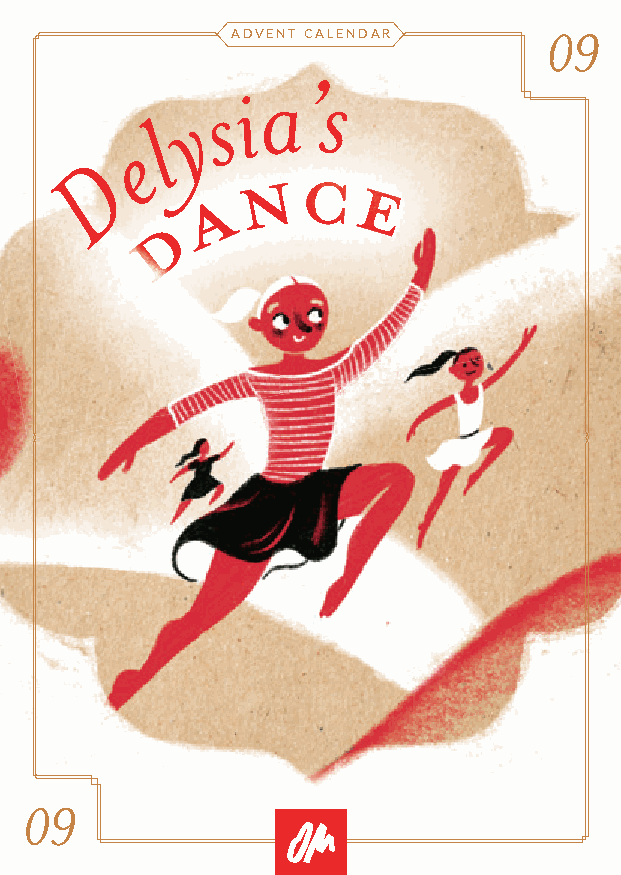
ADVENT CALENDAR      09
 s i a ’s
 y
 l
 e
 NN  CC
 D        AA       EE
 DD
 09